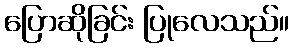
ပြောဆိုခြင်း ပြုလေသည်။